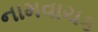
નામવાચક